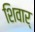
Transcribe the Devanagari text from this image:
शिवार्